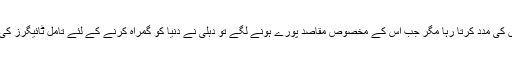
پہلے پہل انڈیا تامل باغیوں کی مدد کرتا رہا مگر جب اس کے مخصوص مقاصد پورے ہونے لگے تو دہلی نے دنیا کو گمراہ کرنے کے لئے تامل ٹائیگرز کی مدد سے ہاتھ کھینچ لئے۔